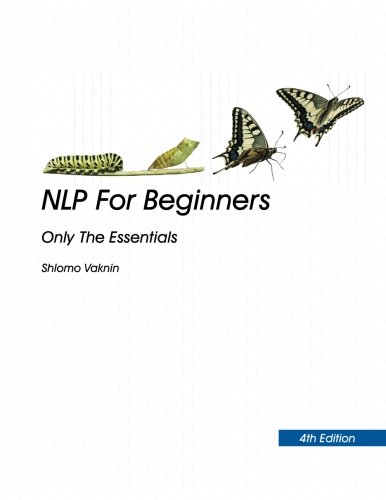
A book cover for NLP For Beginners: 4th Edition (Only The Essentials); Shlomo Vaknin; Self-Help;